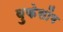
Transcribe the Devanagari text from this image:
वुकेसोंग